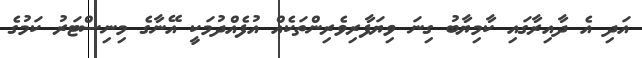
އަދި އެ ދާއިރާގައި ކާމިޔާބު ގިނަ ވިޔަފާރިވެރިންތަކެއް އުފެއްދުމަކީ އޭނާގެ މިނިސްޓަރު ކަމުގެ